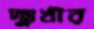
দুঃখীর